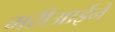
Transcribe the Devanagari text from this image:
मरीआईने